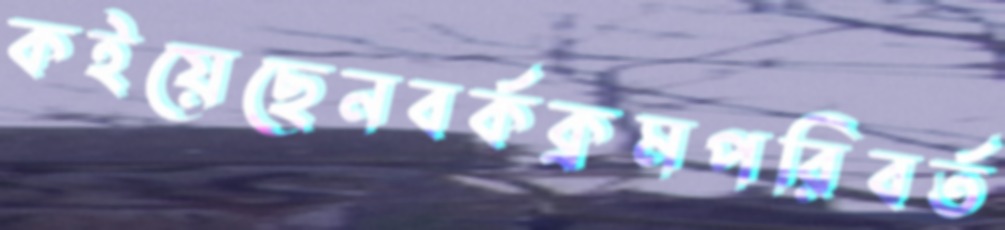
কইয়েছেনবর্কক্রমপরিবর্ত